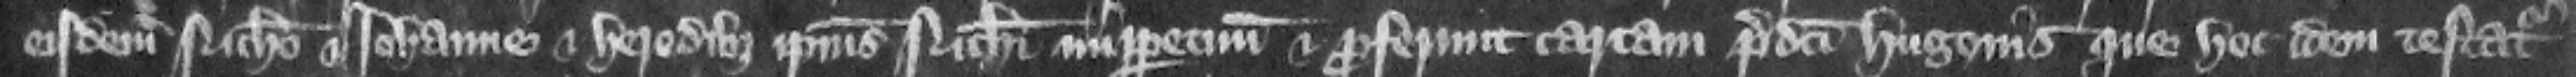
eisdem Nicholao et Iohanne et heredibus ipsius Nicholai imperpetuum. Et proferunt cartam predicti Hugonis que hoc idem testatur